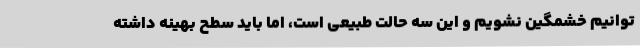
توانیم خشمگین نشویم و این سه حالت طبیعی است، اما باید سطح بهینه داشته